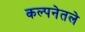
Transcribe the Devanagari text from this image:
कल्पनेतले